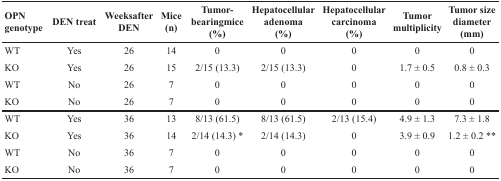
| OPN genotype | DEN treat | Weeksafter DEN | Mice (n) | Tumor-bearingmice (%) | Hepatocellular adenoma (%) | Hepatocellular carcinoma (%) | Tumor multiplicity | Tumor size diameter (mm) |
 | --- | --- | --- | --- | --- | --- | --- | --- | --- |
 | WT | Yes | 26 | 14 | 0 | 0 | 0 | 0 | 0 |
 | KO | Yes | 26 | 15 | 2/15 (13.3) | 2/15 (13.3) | 0 | 1.7 ± 0.5 | 0.8 ± 0.3 |
 | WT | No | 26 | 7 | 0 | 0 | 0 | 0 | 0 |
 | KO | No | 26 | 7 | 0 | 0 | 0 | 0 | 0 |
 | WT | Yes | 36 | 13 | 8/13 (61.5) | 8/13 (61.5) | 2/13 (15.4) | 4.9 ± 1.3 | 7.3 ± 1.8 |
 | KO | Yes | 36 | 14 | 2/14 (14.3) * | 2/14 (14.3) | 0 | 3.9 ± 0.9 | 1.2 ± 0.2 ** |
 | WT | No | 36 | 7 | 0 | 0 | 0 | 0 | 0 |
 | KO | No | 36 | 7 | 0 | 0 | 0 | 0 | 0 |